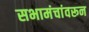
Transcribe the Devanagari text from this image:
सभामंचांवरून